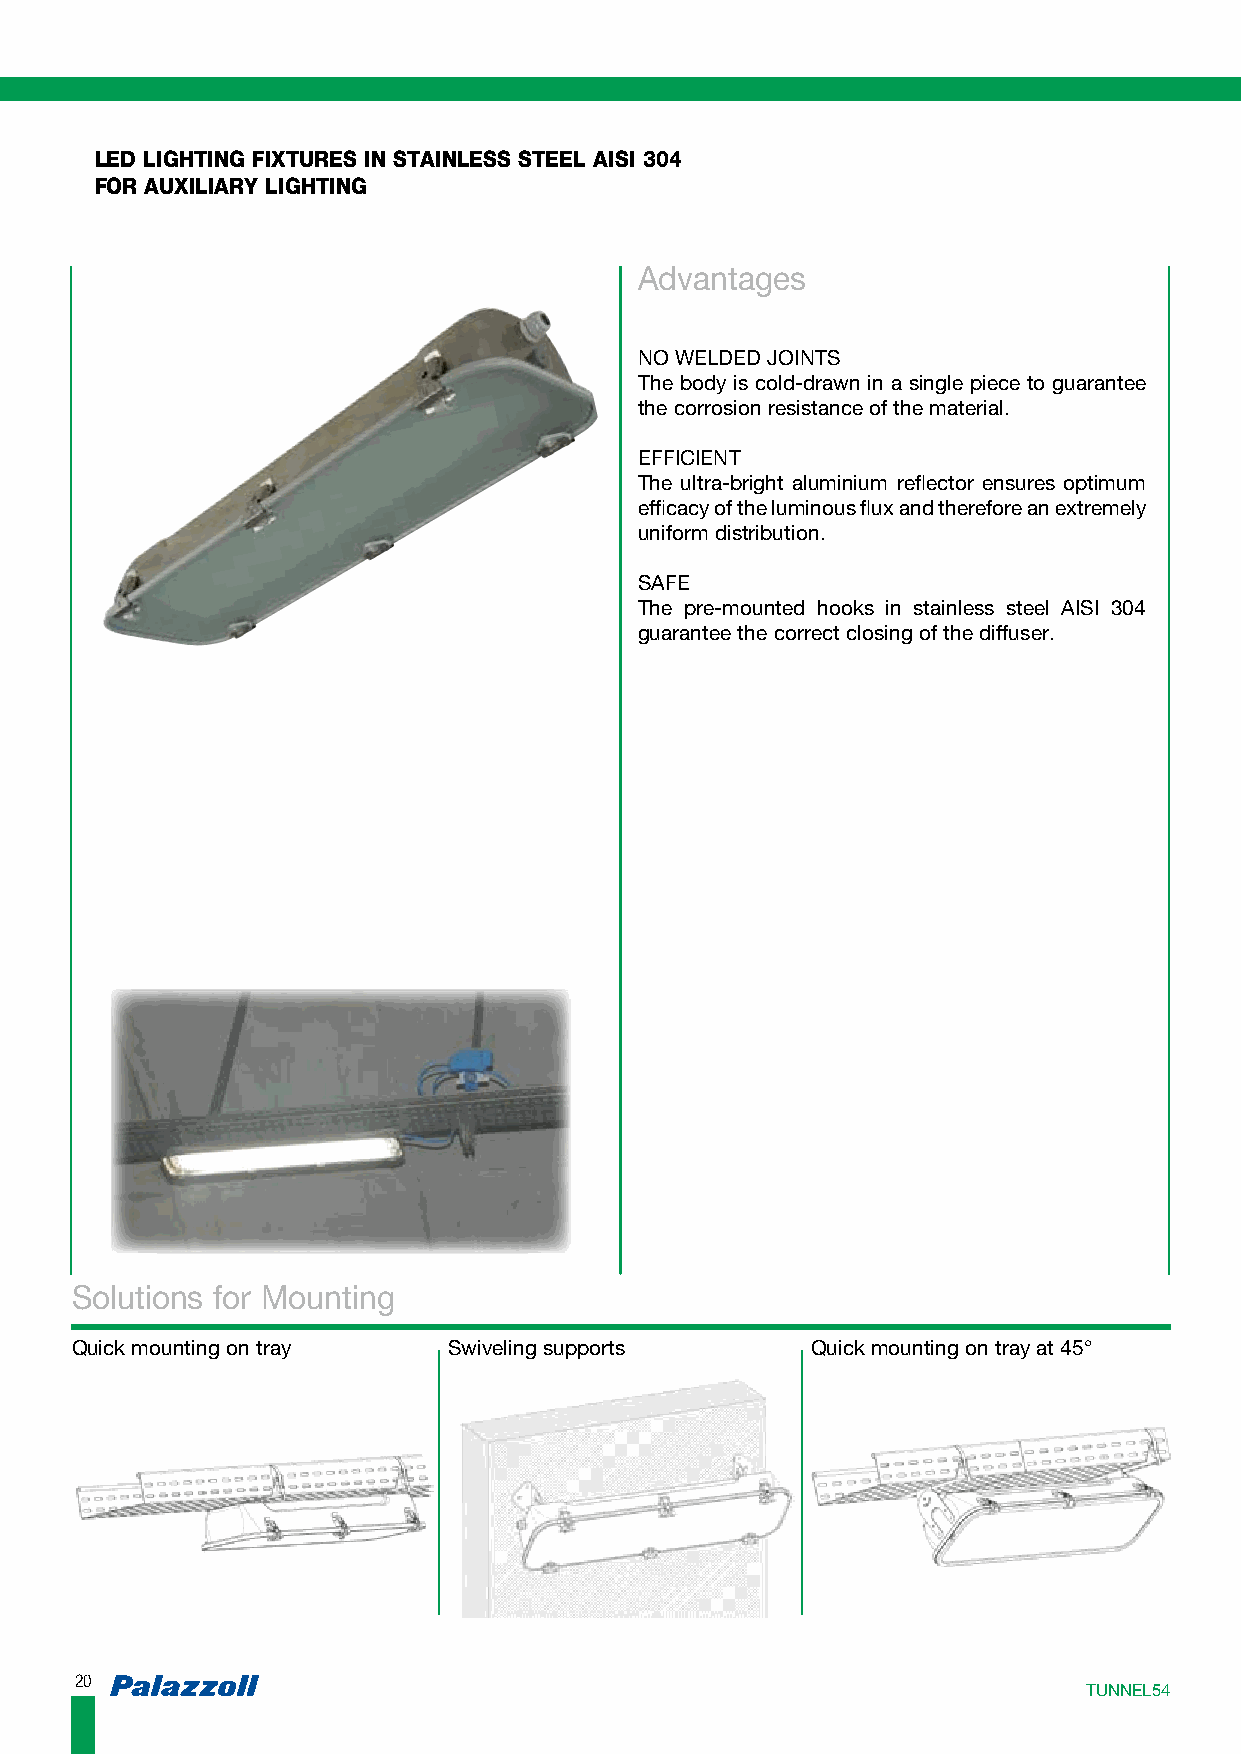
LED LIGHTING FIXTURES IN STAINLESS STEEL AISI 304
 FOR AUXILIARY LIGHTING
 Advantages
 NO WELDED JOINTS
 The body is cold-drawn in a single piece to guarantee
 the corrosion resistance of the material.
 EFFICIENT
 The ultra-bright aluminium reflector ensures optimum
 efficacy of the luminous flux and therefore an extremely
 uniform distribution.
 SAFE
 The pre-mounted hooks in stainless steel AISI 304
 guarantee the correct closing of the diffuser.
 Solutions for Mounting
 Quick mounting on tray   Swiveling supports      Quick mounting on tray at 45°
 2200
 TTUUNNNNEELL5544